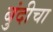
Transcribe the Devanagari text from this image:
बुंदीचा